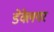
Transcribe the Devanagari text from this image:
डेक्लेयर